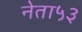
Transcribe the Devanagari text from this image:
नेता५३